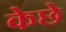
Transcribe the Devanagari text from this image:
केछे